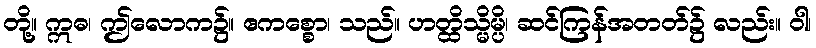
တို့။ ဣဓ၊ ဤလောက၌။ ဧကစ္စော၊ သည်။ ဟတ္ထိသ္မိမ္ပိ၊ ဆင်ကြန်အတတ်၌ လည်း။ ဝါ၊